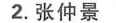
2.张仲景